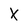
Character: X